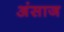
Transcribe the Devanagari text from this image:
अंसाज